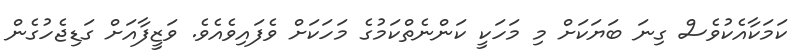
ކަމަކާއެކުވެސް ގިނަ ބަޔަކަށް މި މަހަކީ ކަންނެތްކަމުގެ މަހަކަށް ވެފައިވެއެވެ. ވަޒީފާއަށް ގަޑިޖެހުގެން